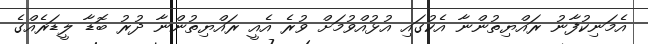
އެމަނިކުފާނު ރައްޔިތުންނާ އެކުގައި އުޅުއްވުމަށް ވުރެ އެއީ ރައްޔިތުންނާ ދުރު ބޮޑާ ލީޑަރެއްގެ